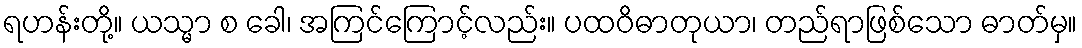
ရဟန်းတို့။ ယသ္မာ စ ခေါ၊ အကြင်ကြောင့်လည်း။ ပထဝိဓာတုယာ၊ တည်ရာဖြစ်သော ဓာတ်မှ။